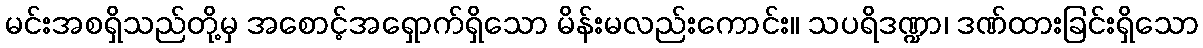
မင်းအစရှိသည်တို့မှ အစောင့်အရှောက်ရှိသော မိန်းမလည်းကောင်း။ သပရိဒဏ္ဍာ၊ ဒဏ်ထားခြင်းရှိသော